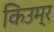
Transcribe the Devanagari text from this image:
किउम्र